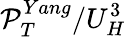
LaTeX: \mathcal{P}_{T}^{Yang}/U_{H}^{3}